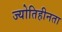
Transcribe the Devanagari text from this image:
ज्योतिहीनता